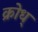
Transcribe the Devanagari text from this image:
क्रोध्